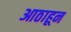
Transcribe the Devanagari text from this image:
आठाहून